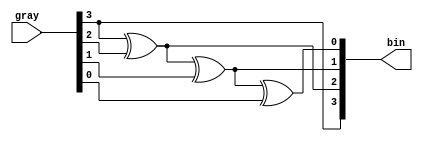
module gray_to_bin(
  input [3:0] gray,
  output [3:0] bin
);
  assign bin[3] = gray[3];
  assign bin[2] = bin[3] ^ gray[2];
  assign bin[1] = bin[2] ^ gray[1];
  assign bin[0] = bin[1] ^ gray[0];
endmodule